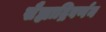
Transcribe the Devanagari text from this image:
सैह्याद्रिवर्णन